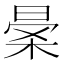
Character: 𣈎